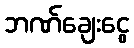
ဘဏ်ချေးငွေ